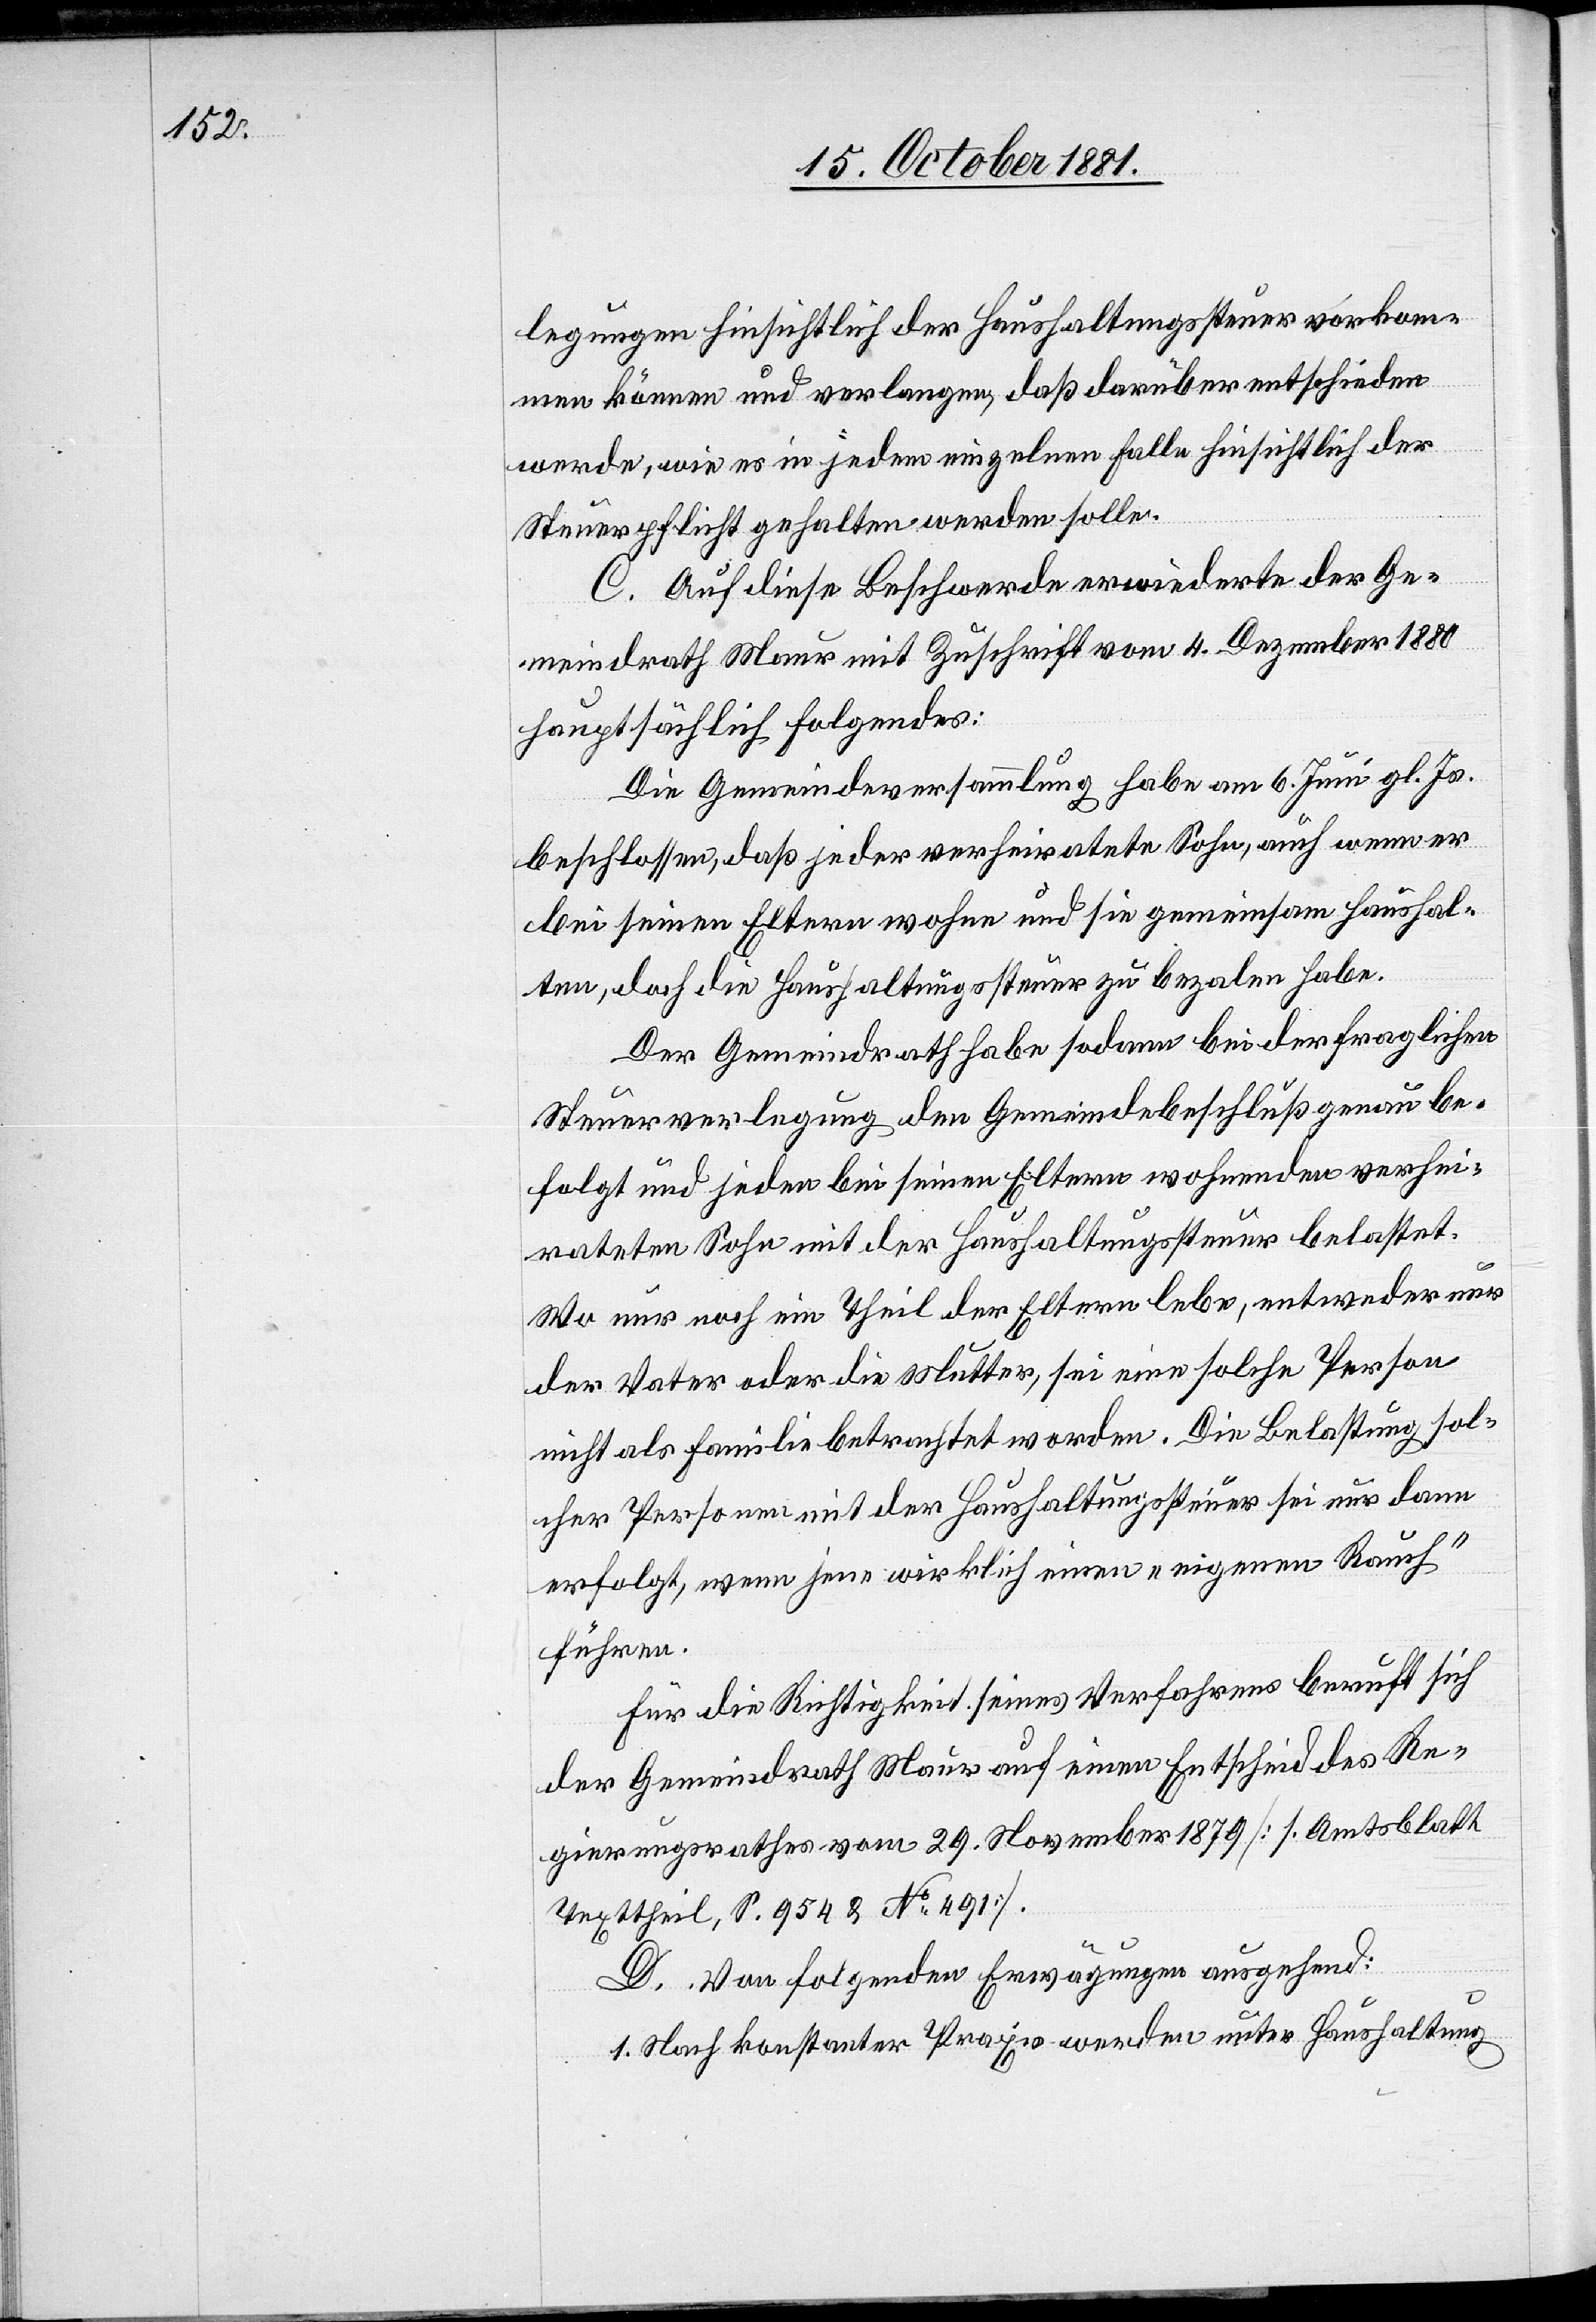
legungen hinsichtlich der Haushaltungssteuer vorkom¬
men können und verlangen, daß darüber entschieden
werde, wie es in jedem einzelnen Falle hinsichtlich der
Steuerpflicht gehalten werden solle.
C. Auf diese Beschwerde erwiederte der Ge¬
meindrath Maur mit Zuschrift vom 4. Dezember 1880
hauptsächlich Folgendes:
Die Gemeindeversammlung habe am 6. Juni gl. Js.
beschlossen, daß jeder verheiratete Sohn, auch wenn er
bei seinen Eltern wohne und sie gemeinsam haushal¬
ten, doch die Haushaltungssteuer zu bezahlen habe.
Der Gemeindrath habe sodann bei der fraglichen
Steuerverlegung den Gemeindebeschluß genau be¬
folgt und jeden bei seinen Eltern wohnenden verhei¬
rateten Sohn mit der Hauhaltungssteuer belastet.
Wo nur noch ein Theil der Eltern lebe, entweder nur
der Vater oder die Mutter, sei eine solche Person
nicht als Familie betrachtet worden. Die Belastung sol¬
cher Personen mit der Haushaltungssteuer sei nur dann
erfolgt, wenn jene wirklich einen „eigenen Rauch“
führen.
Für die Richtigkeit seines Verfahrens beruft sich
der Gemeindrath Maur auf einen Entscheid des Re¬
gierungsrathes vom 29. November 1879 [1. Amtsblatt
Texttheil, S. 954 & No 491].
D. Von folgenden Erwägungen ausgehend:
1. Nach konstanter Praxis werden unter Haushaltung